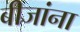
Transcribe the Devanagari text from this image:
बीजांना